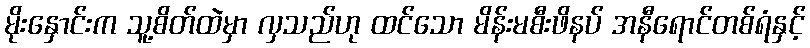
မိုးနှောင်းက သူ့စိတ်ထဲမှာ လှသည်ဟု ထင်သော မိန်းမစီးဖိနပ် အနီရောင်တစ်ရံနှင့်